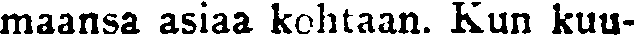
maansa asiaa kohtaan. Kun kuu-